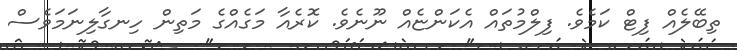
ތިބޭލެއް ފިޓް ކަމެވެ. ފިލްމުތައް އެކަންޏެއް ނޫނެވެ. ކޮރެއާ މަގެއްގެ މަތިން ހިނގާލިނަމަވެސް